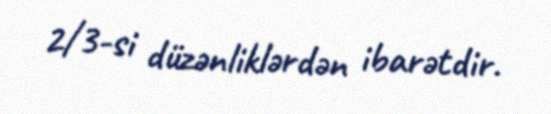
2/3-si düzənliklərdən ibarətdir.